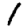
Digit: 1